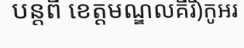
បន្តពី ខេត្តមណ្ឌលគីរី)កូអរ